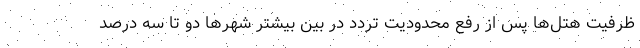
ظرفیت هتل‌ها پس از رفع محدودیت تردد در بین بیشتر شهرها دو تا سه درصد